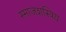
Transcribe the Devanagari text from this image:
स्माजशस्त्रिय